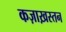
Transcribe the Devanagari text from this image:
कज़ाख़स्तन